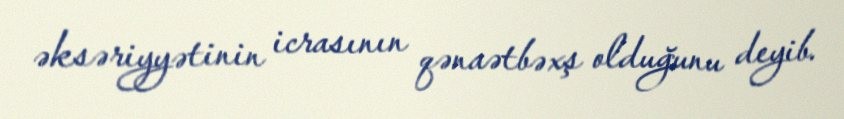
əksəriyyətinin icrasının qənaətbəxş olduğunu deyib.